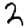
Digit: 2